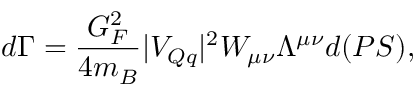
d \Gamma = \frac { G _ { F } ^ { 2 } } { 4 m _ { B } } | V _ { Q q } | ^ { 2 } W _ { \mu \nu } \Lambda ^ { \mu \nu } d ( P S ) ,